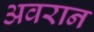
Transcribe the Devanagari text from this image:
अवरान